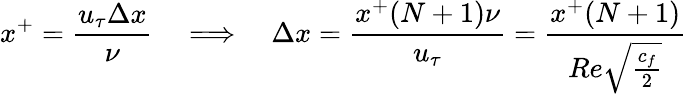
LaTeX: x^{+}=\frac{u_{\tau}\Delta x}{\nu}\quad\Longrightarrow\quad\Delta x=\frac{x^{+}(N+1)\nu}{u_{\tau}}=\frac{x^{+}(N+1)}{Re\sqrt{\frac{c_{f}}{2}}}